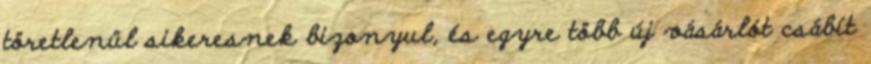
töretlenül sikeresnek bizonyul, és egyre több új vásárlót csábít